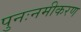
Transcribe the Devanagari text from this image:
पुनःनमीकरण